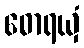
ဓောရယှံ